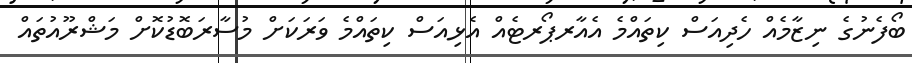
ބޯފެނުގެ ނިޒާމެއް ހެދިއަސް ކިތައްމެ އެއާރޕޯރޓެއް އެޅިއަސް ކިތައްމެ ވަރަކަށް މުސާރަބޮޑުކޮށް މަޝްރޫއުތައް